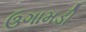
ઉગામડી